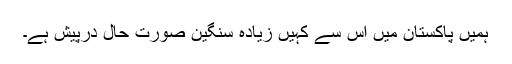
ہمیں پاکستان میں اس سے کہیں زیادہ سنگین صورت حال درپیش ہے۔